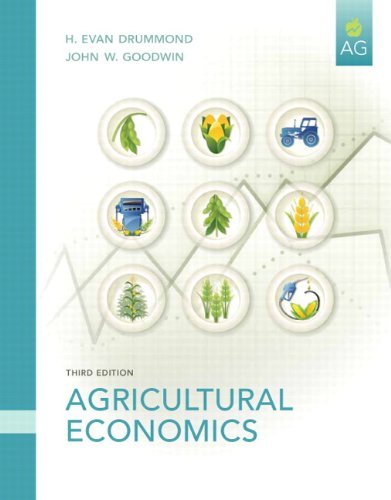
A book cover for Agricultural Economics: 3rd (Third) edition; John W. Goodwin H. Evan Drummond; Science & Math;